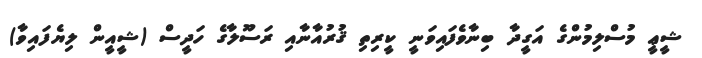
ޝީޢީ މުސްލިމުންގެ އަގީދާ ބިނާވެފައިވަނީ ކީރިތި ޤުރުއާނާއި ރަސޫލާގެ ހަދީސް (ޝީއީން ލިޔެފައިވާ)